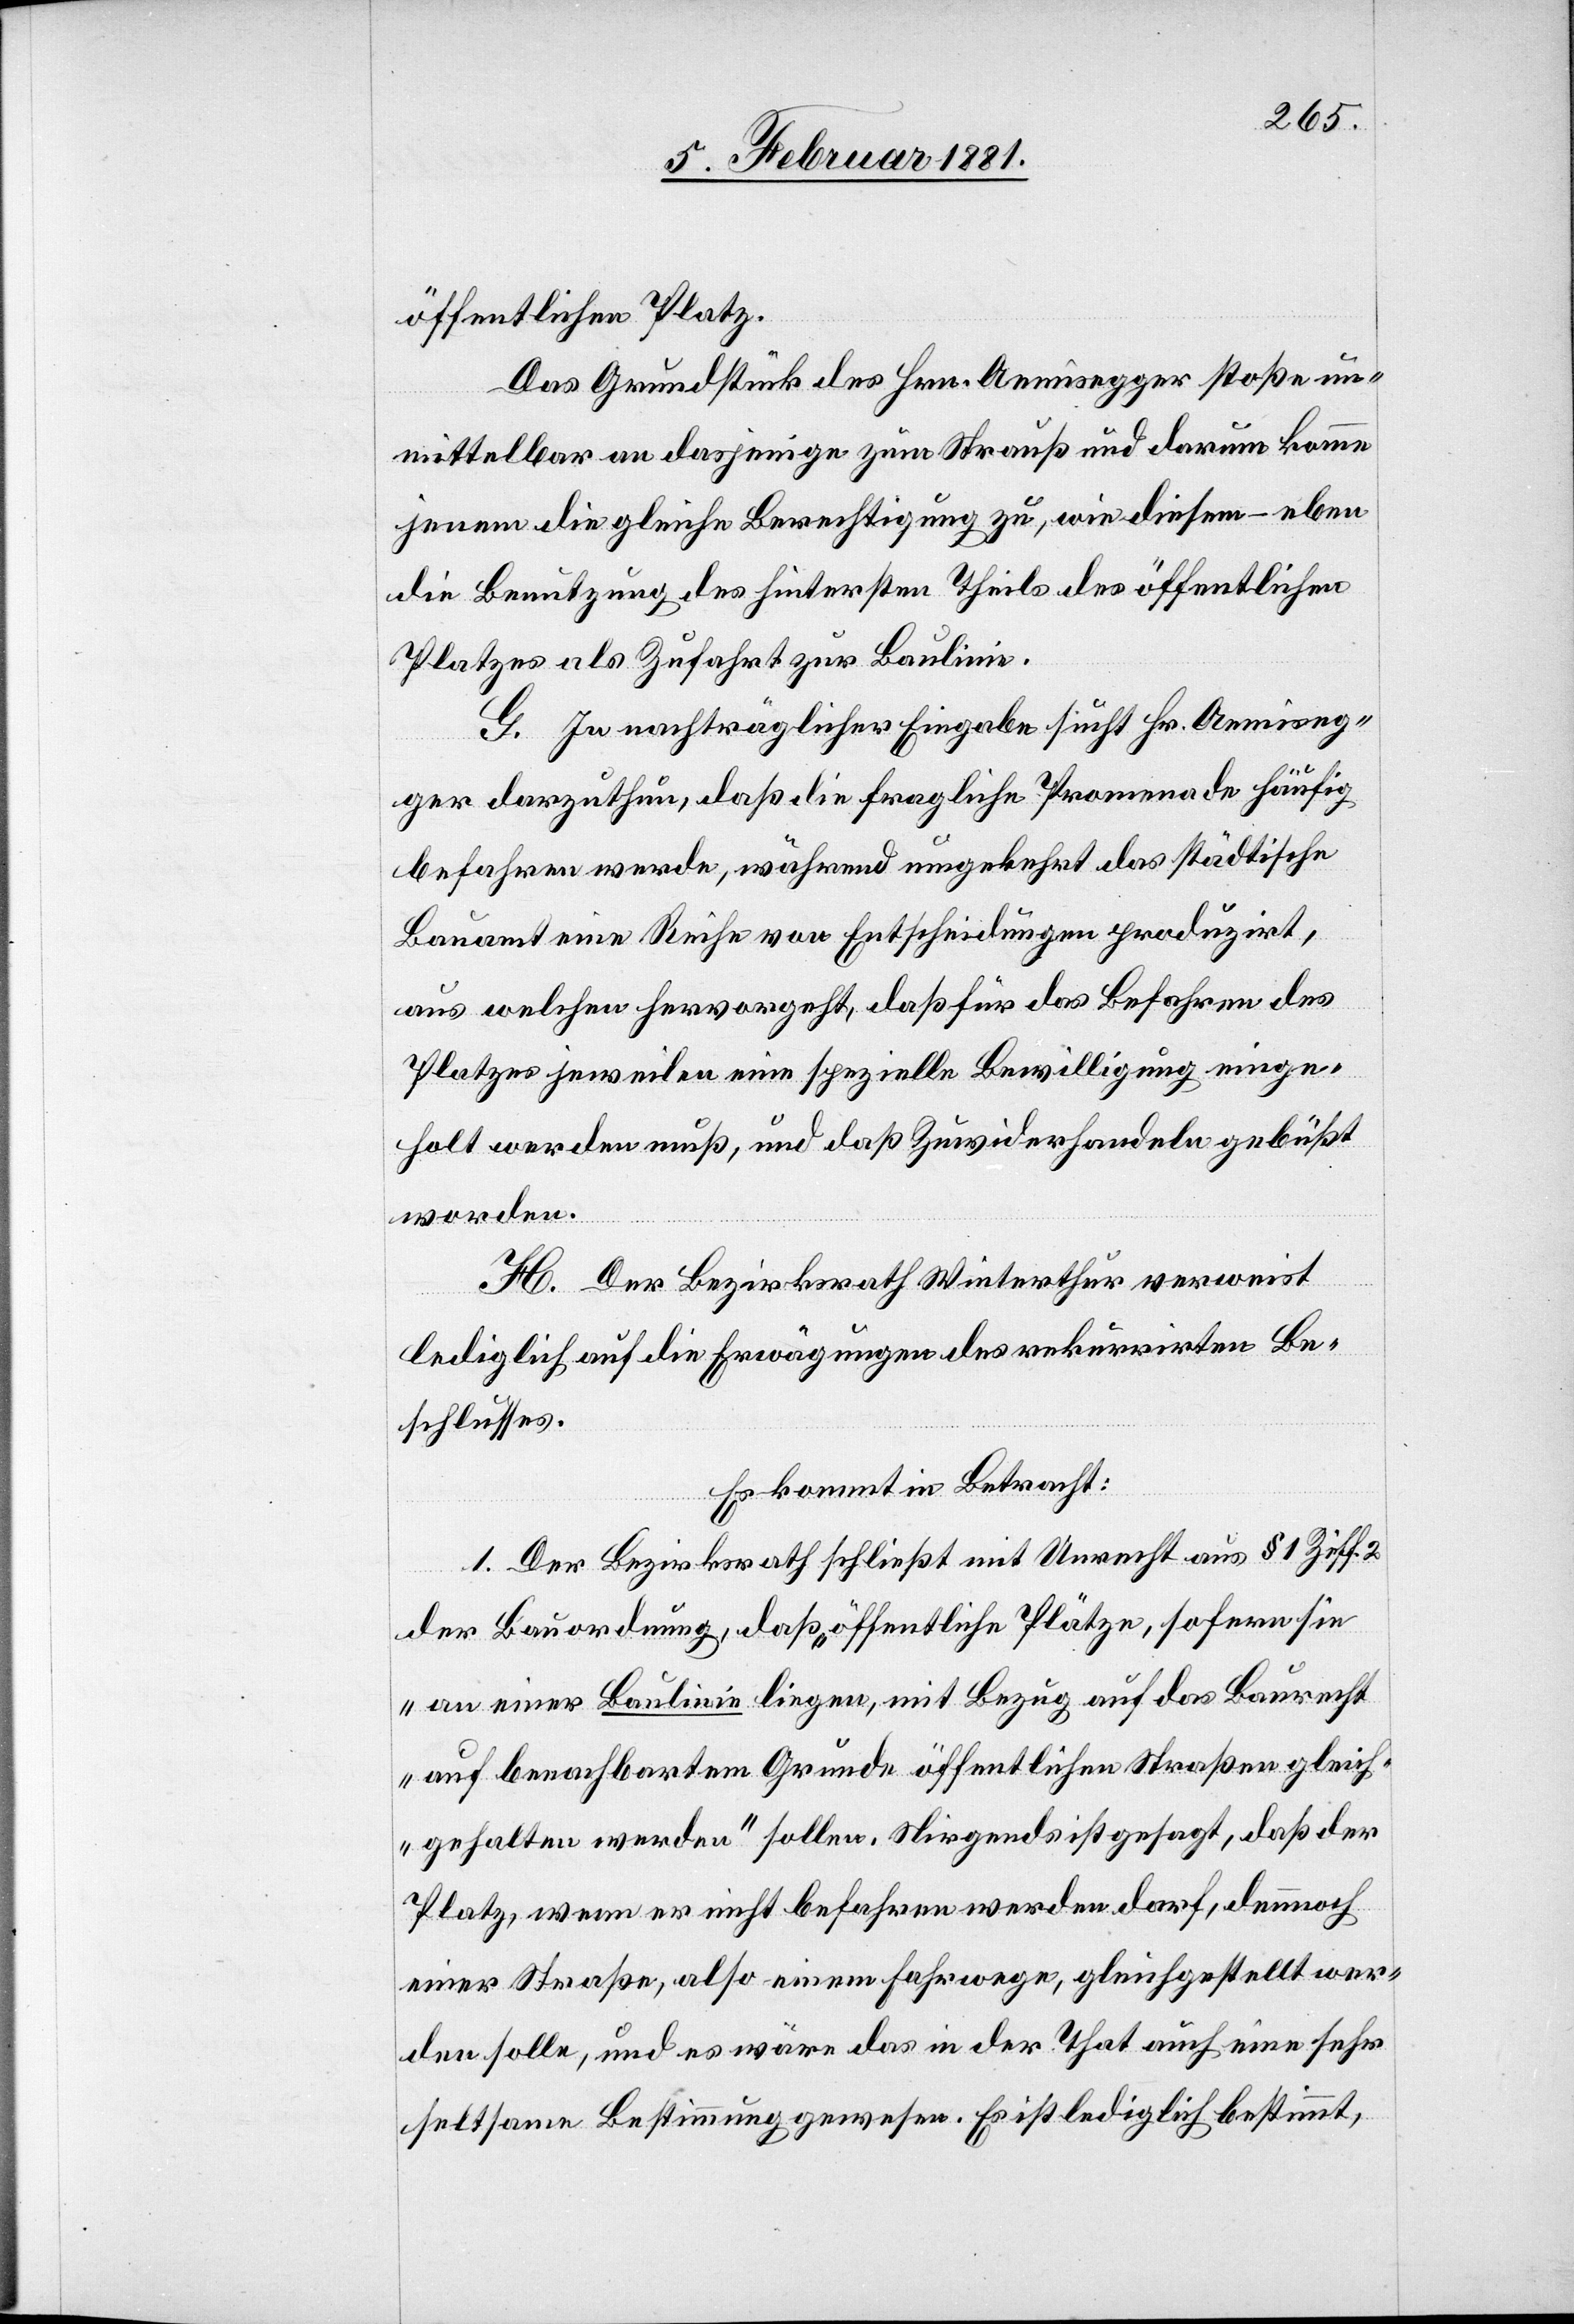
öffentlichen Platz.
Das Grundstück des Hrn. Aemisegger stoße un¬
mittelbar an dasjenige zum Strauß und darum komme
jenem die gleiche Berechtigung zu, wie diesem – eben
die Benutzung des hintersten Theils des öffentlichen
Platzes als Zufahrt zur Baulinie.
G. In nachträglicher Eingabe sucht Hr. Aemiseg¬
ger darzuthun, daß die fragliche Promenade häufig
befahren werde, während umgekehrt das städtische
Bauamt eine Reihe von Entscheidungen produzirt,
aus welchen hervorgeht, daß für das Befahren des
Platzes jeweilen eine spezielle Bewilligung einge¬
holt werden muß, und daß Zuwiderhandlung gebüßt
worden.
H. Der Bezirksrath Winterthur verweist
lediglich auf die Erwägungen des rekurrirten Be¬
schlusses.
Es kommt in Betracht:
1. Der Bezirksrath schließt mit Unrecht aus § 1 Ziff.
der Bauordnung, daß öffentliche Plätze, sofern sie
„an einer Baulinie liegen, mit Bezug auf das Baurecht
auf benachbartem Grunde öffentlichen Straßen gleich¬
gehalten werden“ sollen. Nirgends ist gesagt, daß der
Platz, wenn er nicht befahren werden darf, demnach
einer Straße, also einem Fahrwege, gleichgestellt wer¬
den solle, und es wäre das in der That auch eine sehr
seltsame Bestimmung gewesen. Es ist lediglich bestimmt,